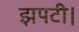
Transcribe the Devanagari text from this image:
झपटी।